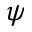
\psi